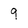
Character: 9